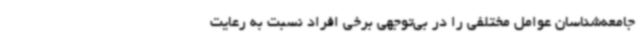
جامعه‌شناسان عوامل مختلفی را در بی‌توجهی برخی افراد نسبت به رعایت